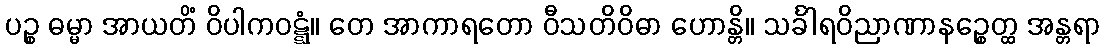
ပဉ္စ ဓမ္မာ အာယတိံ ဝိပါကဝဋ္ဋံ။ တေ အာကာရတော ဝီသတိဝိဓာ ဟောန္တိ။ သင်္ခါရဝိညာဏာနဉ္စေတ္ထ အန္တရာ